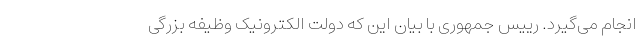
انجام می‌گیرد. رییس جمهوری با بیان این که دولت الکترونیک وظیفه بزرگی